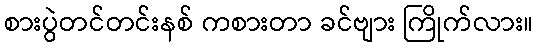
စားပွဲတင်တင်းနစ် ကစားတာ ခင်ဗျား ကြိုက်လား။